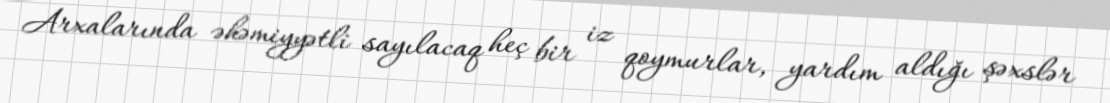
Arxalarında əhəmiyyətli sayılacaq heç bir iz qoymurlar, yardım aldığı şəxslər